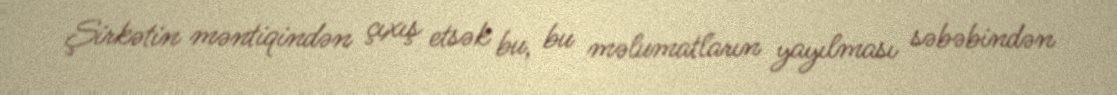
Şirkətin məntiqindən çıxış etsək bu, bu məlumatların yayılması səbəbindən